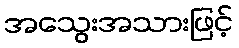
အသွေးအသားဖြင့်